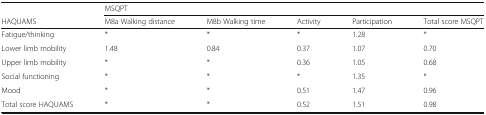
<table><thead><tr><td></td><td colspan="5"><b>MSQPT</b></td></tr><tr><td><b>HAQUAMS</b></td><td><b>M8a Walking distance</b></td><td><b>M8b Walking time</b></td><td><b>Activity</b></td><td><b>Participation</b></td><td><b>Total score MSQPT</b></td></tr></thead><tbody><tr><td>Fatigue/thinking</td><td>*</td><td>*</td><td>*</td><td>1.28</td><td>*</td></tr><tr><td>Lower limb mobility</td><td>1.48</td><td>0.84</td><td>0.37</td><td>1.07</td><td>0.70</td></tr><tr><td>Upper limb mobility</td><td>*</td><td>*</td><td>0.36</td><td>1.05</td><td>0.68</td></tr><tr><td>Social functioning</td><td>*</td><td>*</td><td>*</td><td>1.35</td><td>*</td></tr><tr><td>Mood</td><td>*</td><td>*</td><td>0.51</td><td>1.47</td><td>0.96</td></tr><tr><td>Total score HAQUAMS</td><td>*</td><td>*</td><td>0.52</td><td>1.51</td><td>0.98</td></tr></tbody></table>